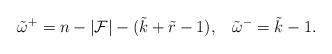
LaTeX: \begin{align*}\tilde{\omega}^+=n-|\mathcal{F}|-(\tilde{k}+\tilde{r}-1),\,\,\,\,\,\tilde{\omega}^-=\tilde{k}-1.\end{align*}